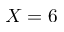
X = 6